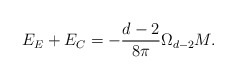
\begin{align*}E_{E}+E_{C}=-\frac{d-2}{8\pi }\Omega _{d-2}M.\end{align*}